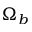
\Omega _ { b }